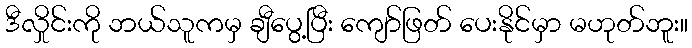
ဒီလှိုင်းကို ဘယ်သူကမှ ချီပွေ့ပြီး ကျော်ဖြတ် ပေးနိုင်မှာ မဟုတ်ဘူး။